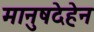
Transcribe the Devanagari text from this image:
मानुषदेहेन